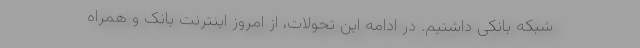
شبکه بانکی داشتیم. در ادامه این تحولات، از امروز اینترنت بانک و همراه